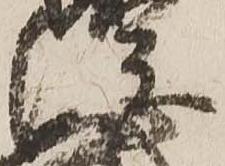
綱